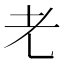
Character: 𰭧